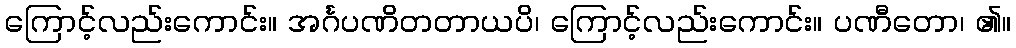
ကြောင့်လည်းကောင်း။ အင်္ဂပဏိတတာယပိ၊ ကြောင့်လည်းကောင်း။ ပဏီတော၊ ၏။